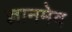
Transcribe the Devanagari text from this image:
ज्ञानमेव